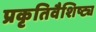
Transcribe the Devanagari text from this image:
प्रकृतिवैशिष्ट्य